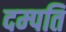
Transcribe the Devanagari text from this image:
दम्‍पति